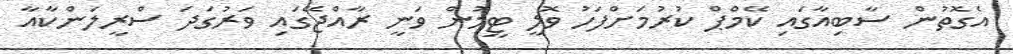
އެގޮތުން ސާބިއާގައި ކޭމްޕް ކުރުމަށްފަހު ވޮލީ ޓީމުން ވަނީ ރާއްޖޭގައި ވަރުގަދަ ސްރީލަންކާއާ